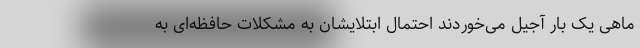
ماهی یک بار آجیل می‌خوردند احتمال ابتلایشان به مشکلات حافظه‌ای به